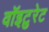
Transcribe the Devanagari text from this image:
वॉइटुरेट